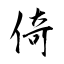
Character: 倚